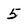
Character: 5